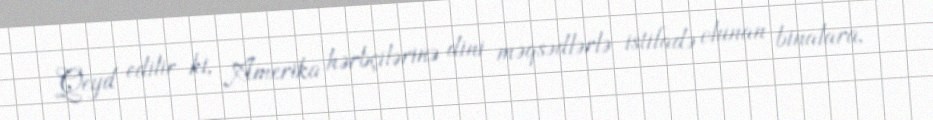
Qeyd edilir ki, Amerika hərbçilərinə dini məqsədlərlə istifadə olunan binalara,